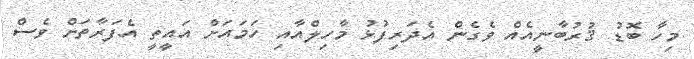
މިހާ ބޮޑު ޤުރުބާނީއެއް ވެގެން އެދަރިފުޅު މާހިލްއާއި ހަމައަށް އައީތީ އެފަރާތަށް ވެސް